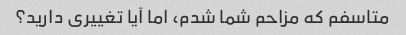
متاسفم که مزاحم شما شدم، اما آیا تغییری دارید؟